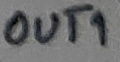
Text: OUT1